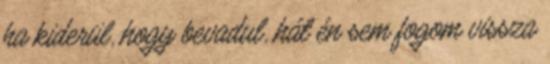
ha kiderül, hogy bevadul, hát én sem fogom vissza